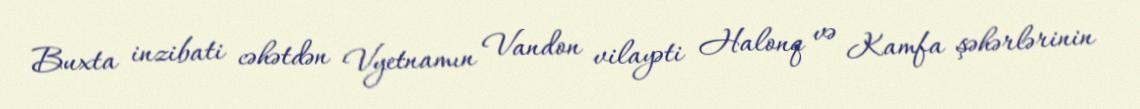
Buxta inzibati cəhətdən Vyetnamın Vandon vilayəti Halonq və Kamfa şəhərlərinin